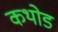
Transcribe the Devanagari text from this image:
कथोड